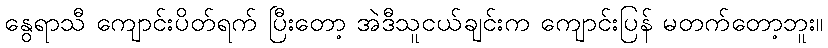
နွေရာသီ ကျောင်းပိတ်ရက် ပြီးတော့ အဲဒီသူငယ်ချင်းက ကျောင်းပြန် မတက်တော့ဘူး။